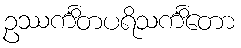
ဥဿင်္ကိတပရိသင်္ကိတော